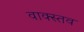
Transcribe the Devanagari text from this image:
वाक्स्तव